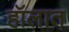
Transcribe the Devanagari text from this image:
हॉलात